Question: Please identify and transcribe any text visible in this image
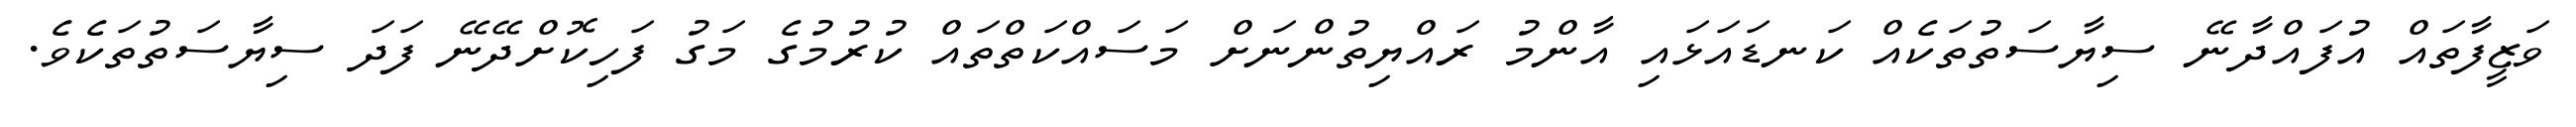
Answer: ވަޒީފާތައް އުފައްދާނޭ ސިޔާސަތުތަކެއް ކަނޑައަޅައި އާންމު ރައްޔިތުންނަށް މަސައްކަތްތައް ކުރުމުގެ މަގު ފަހިކޮށްދޭނޭ ފަދަ ސިޔާސަތުތަކެވެ.